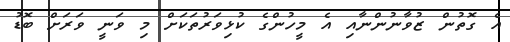
އެ ގޮތުން ޒުވާނުންނާއި އެ މީހުންގެ ކުޅިވަރުތަކަށް މި ވަނީ ވަރަށް ބޮޑު